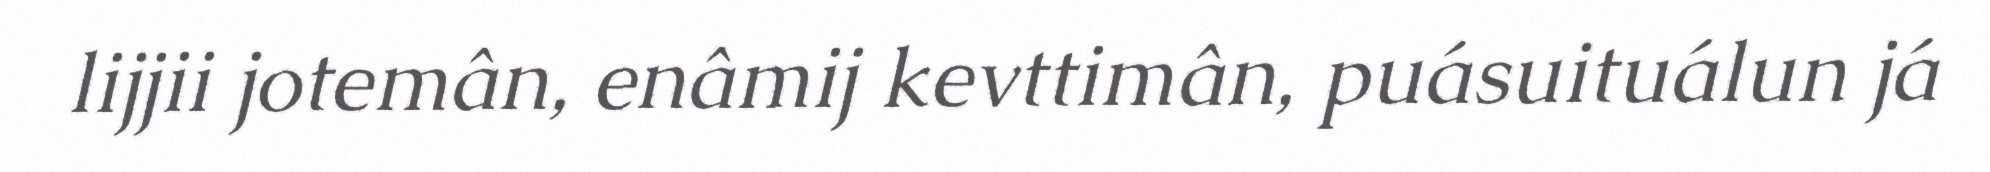
lijjii jotemân, enâmij kevttimân, puásuituálun já